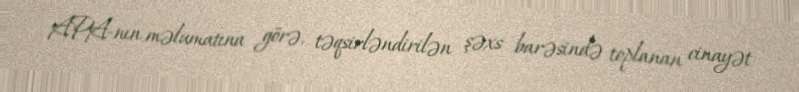
APA-nın məlumatına görə, təqsirləndirilən şəxs barəsində toplanan cinayət